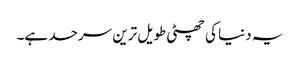
یہ دنیا کی چھٹی طویل ترین سرحد ہے۔